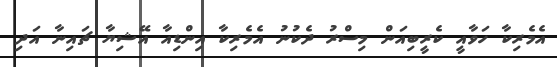
އެމެރިކާ ހަވާއީ ކެރީބިއަން މިސްރު ދެކުނު އެމެރިކާ އިންޑިއާ އޭޝިޔާ ޗައިނާ އަދި